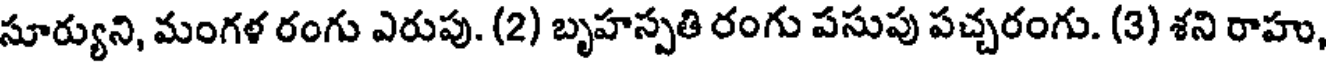
సూర్యుని, మంగళ రంగు ఎరుపు. (2) బృహస్పతి రంగు పసుపు పచ్చరంగు. (3) శని రాహు,